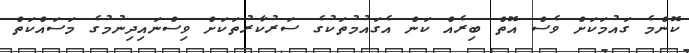
ކޮންމެ ގައުމަކަށް ވެސް އޮތް ބިރެއް ކަން އެގައުމުތަކުގެ ސަރުކާރުތަކަށް ވިސްނައިދިނުމުގެ މަސައްކަތް